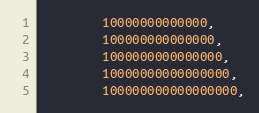
Language: C++
        10000000000000,
        100000000000000,
        1000000000000000,
        10000000000000000,
        100000000000000000,